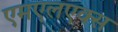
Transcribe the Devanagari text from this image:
एमएलएक्स